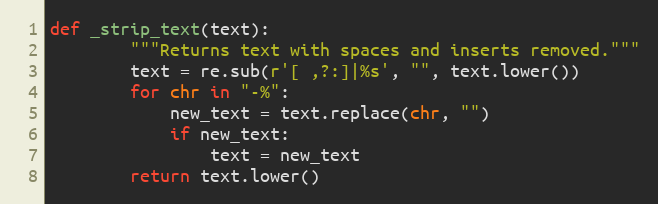
Language: Python
def _strip_text(text):
        """Returns text with spaces and inserts removed."""
        text = re.sub(r'[ ,?:]|%s', "", text.lower())
        for chr in "-%":
            new_text = text.replace(chr, "")
            if new_text:
                text = new_text
        return text.lower()